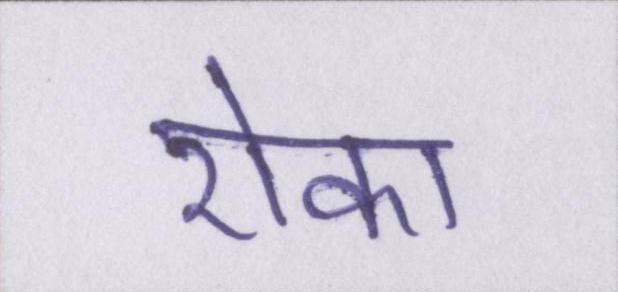
रोका